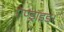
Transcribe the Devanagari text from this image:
ऍण्ड्रॉइड।